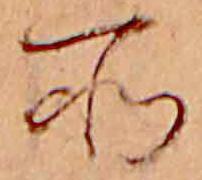
所